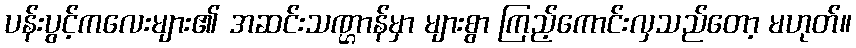
ပန်းပွင့်ကလေးများ၏ အဆင်းသဏ္ဌာန်မှာ များစွာ ကြည့်ကောင်းလှသည်တော့ မဟုတ်။